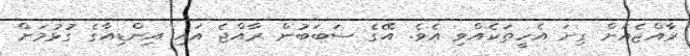
ރާއްޖެއަށް ގިނަ އެހީތަކެއްވި އެވެ. އޭގެ ސަބަބުން ރާއްޖެ އައި އިންޑިއާގެ ގުޅުމަށް